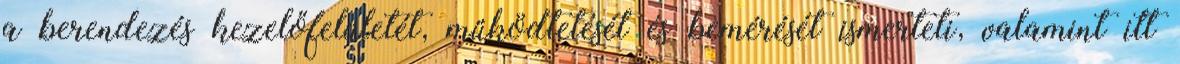
a berendezés kezelőfelületét, működtetését és bemérését ismerteti, valamint itt